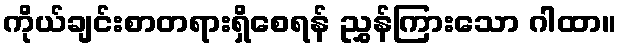
ကိုယ်ချင်းစာတရားရှိစေရန် ညွှန်ကြားသော ဂါထာ။